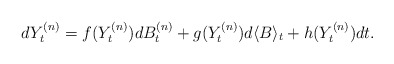
\begin{align*} dY_t^{(n)}= f(Y_t^{(n)})d B_t^{(n)} + g(Y_t^{(n)})d\langle B\rangle_t + h(Y_t^{(n)}) dt.\end{align*}